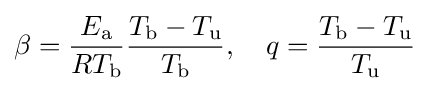
\beta ={\frac {E_{\rm {a}}}{RT_{\rm {b}}}}{\frac {T_{\rm {b}}-T_{\rm {u}}}{T_{\rm {b}}}},\quad q={\frac {T_{\rm {b}}-T_{\rm {u}}}{T_{\rm {u}}}}